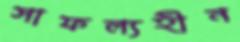
সাফল্যহীন